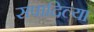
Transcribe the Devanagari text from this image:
संपादिल्या